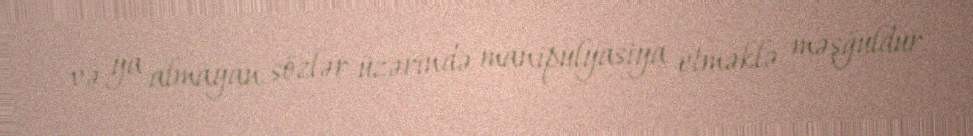
və ya almayan sözlər üzərində manipulyasiya etməklə məşğuldur.